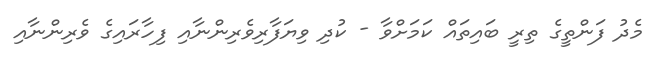
މެދު ފަންތީގެ ތިރީ ބައިތައް ކަމަށްވާ - ކުދި ވިޔަފާރިވެރިންނާއި ފިހާރައިގެ ވެރިންނާއި